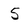
Character: S